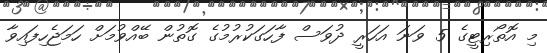
މި އޮތޯރިޓީގެ 5 ވަނަ އަހަރީ ދުވަސް ފާހަގަކުރުމުގެ ގޮތުން ބޭއްވުމަށް ހަމަޖެހިފައިވާ